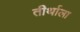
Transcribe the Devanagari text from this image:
तीर्थाला